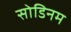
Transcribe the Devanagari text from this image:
सोडिनम